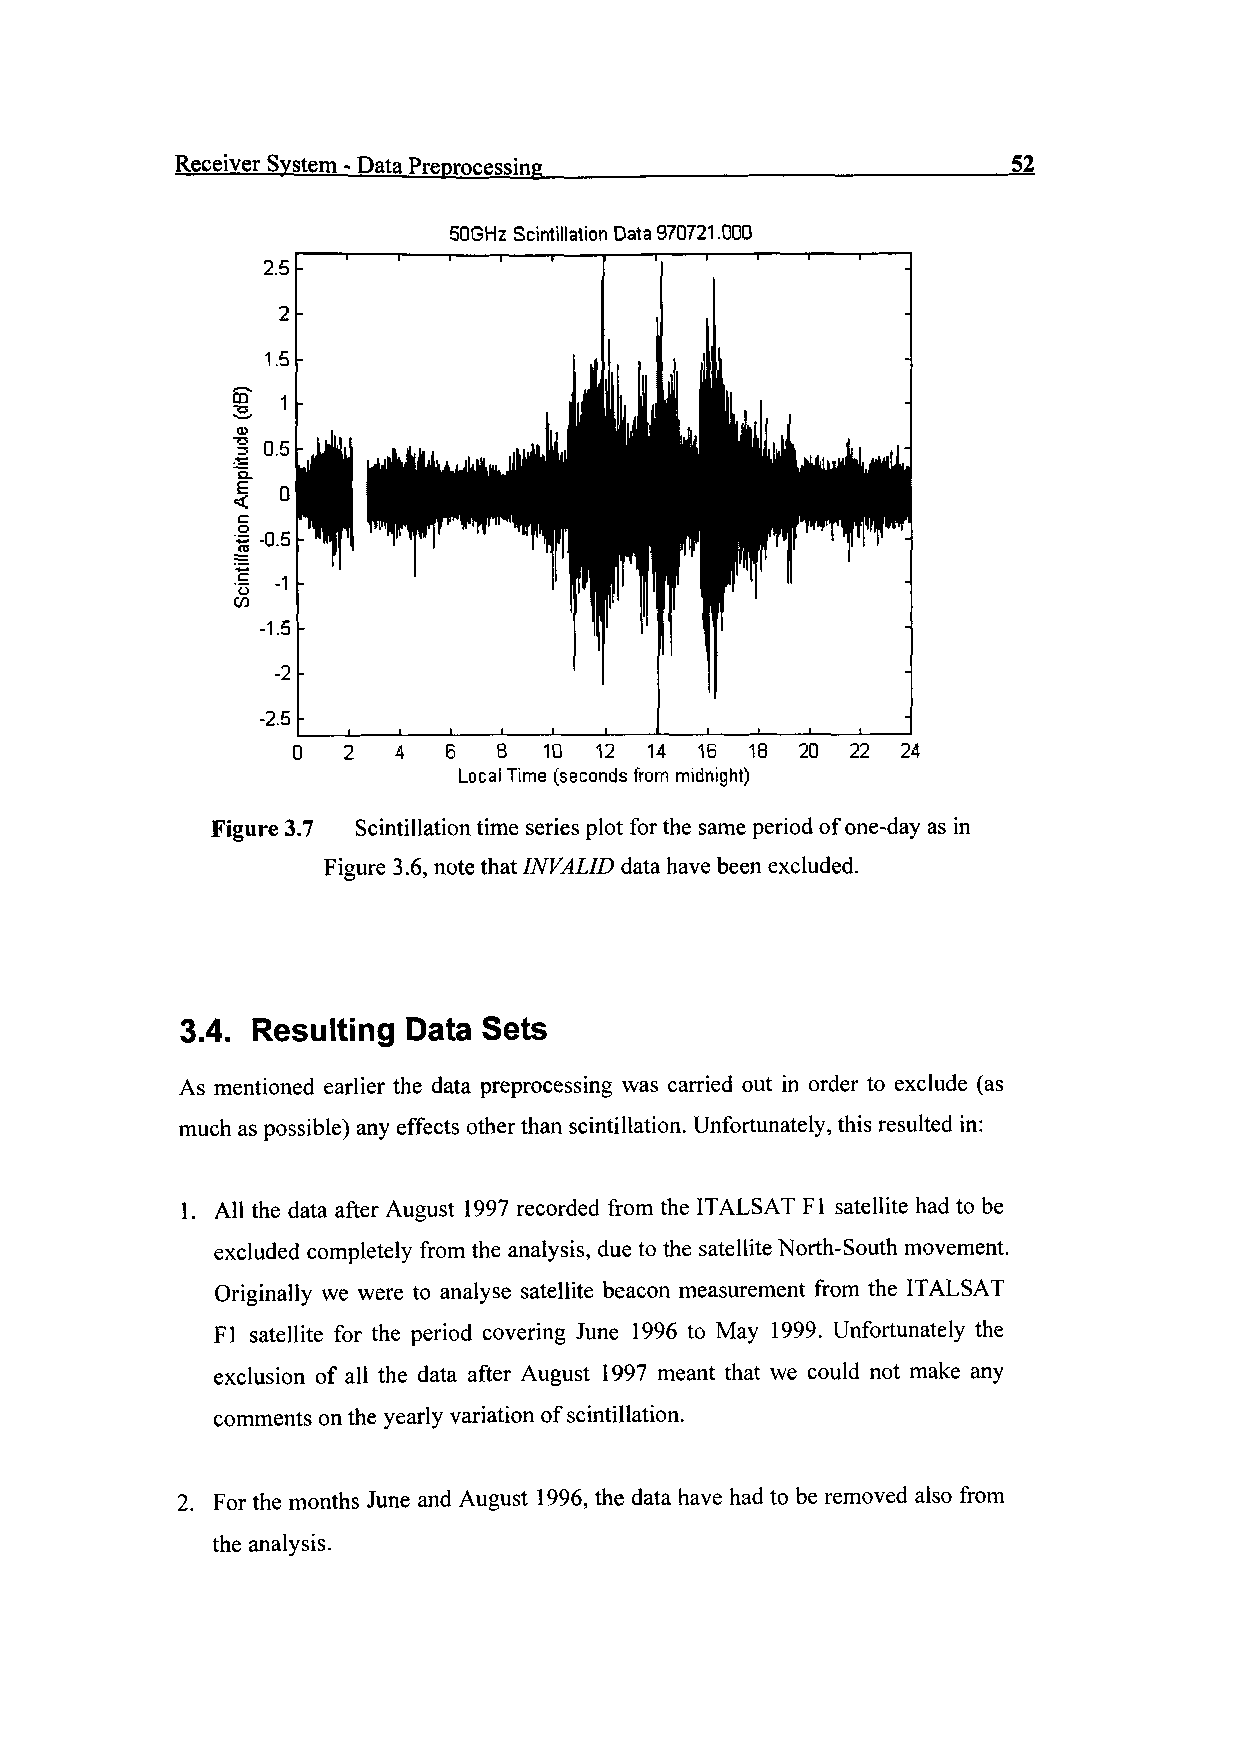
Receiver System - Data Preprocessing                   52
 SOGHz Scintillation Data 970721.000
 -2.5 |
 0   2  4  6   8  10 12  14 16  18 20 22  24
 Local Time (seconds from midnight)
 Figure 3.7 Scintillation time series plot for the same period of one-day as in
 Figure 3.6, note that INVALID data have been excluded.
 3.4. Resulting Data Sets
 As mentioned earlier the data preprocessing was carried out in order to exclude (as
 much as possible) any effects other than scintillation. Unfortunately, this resulted in:
 1. All the data after August 1997 recorded from the ITALSAT Fl satellite had to be
 excluded completely from the analysis, due to the satellite North-South movement.
 Originally we were to analyse satellite beacon measurement from the ITALSAT
 Fl satellite for the period covering June 1996 to May 1999. Unfortunately the
 exclusion of all the data after August 1997 meant that we could not make any
 comments on the yearly variation of scintillation.
 2. For the months June and August 1996, the data have had to be removed also from
 the analysis.